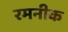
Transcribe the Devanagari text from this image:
रमनीक